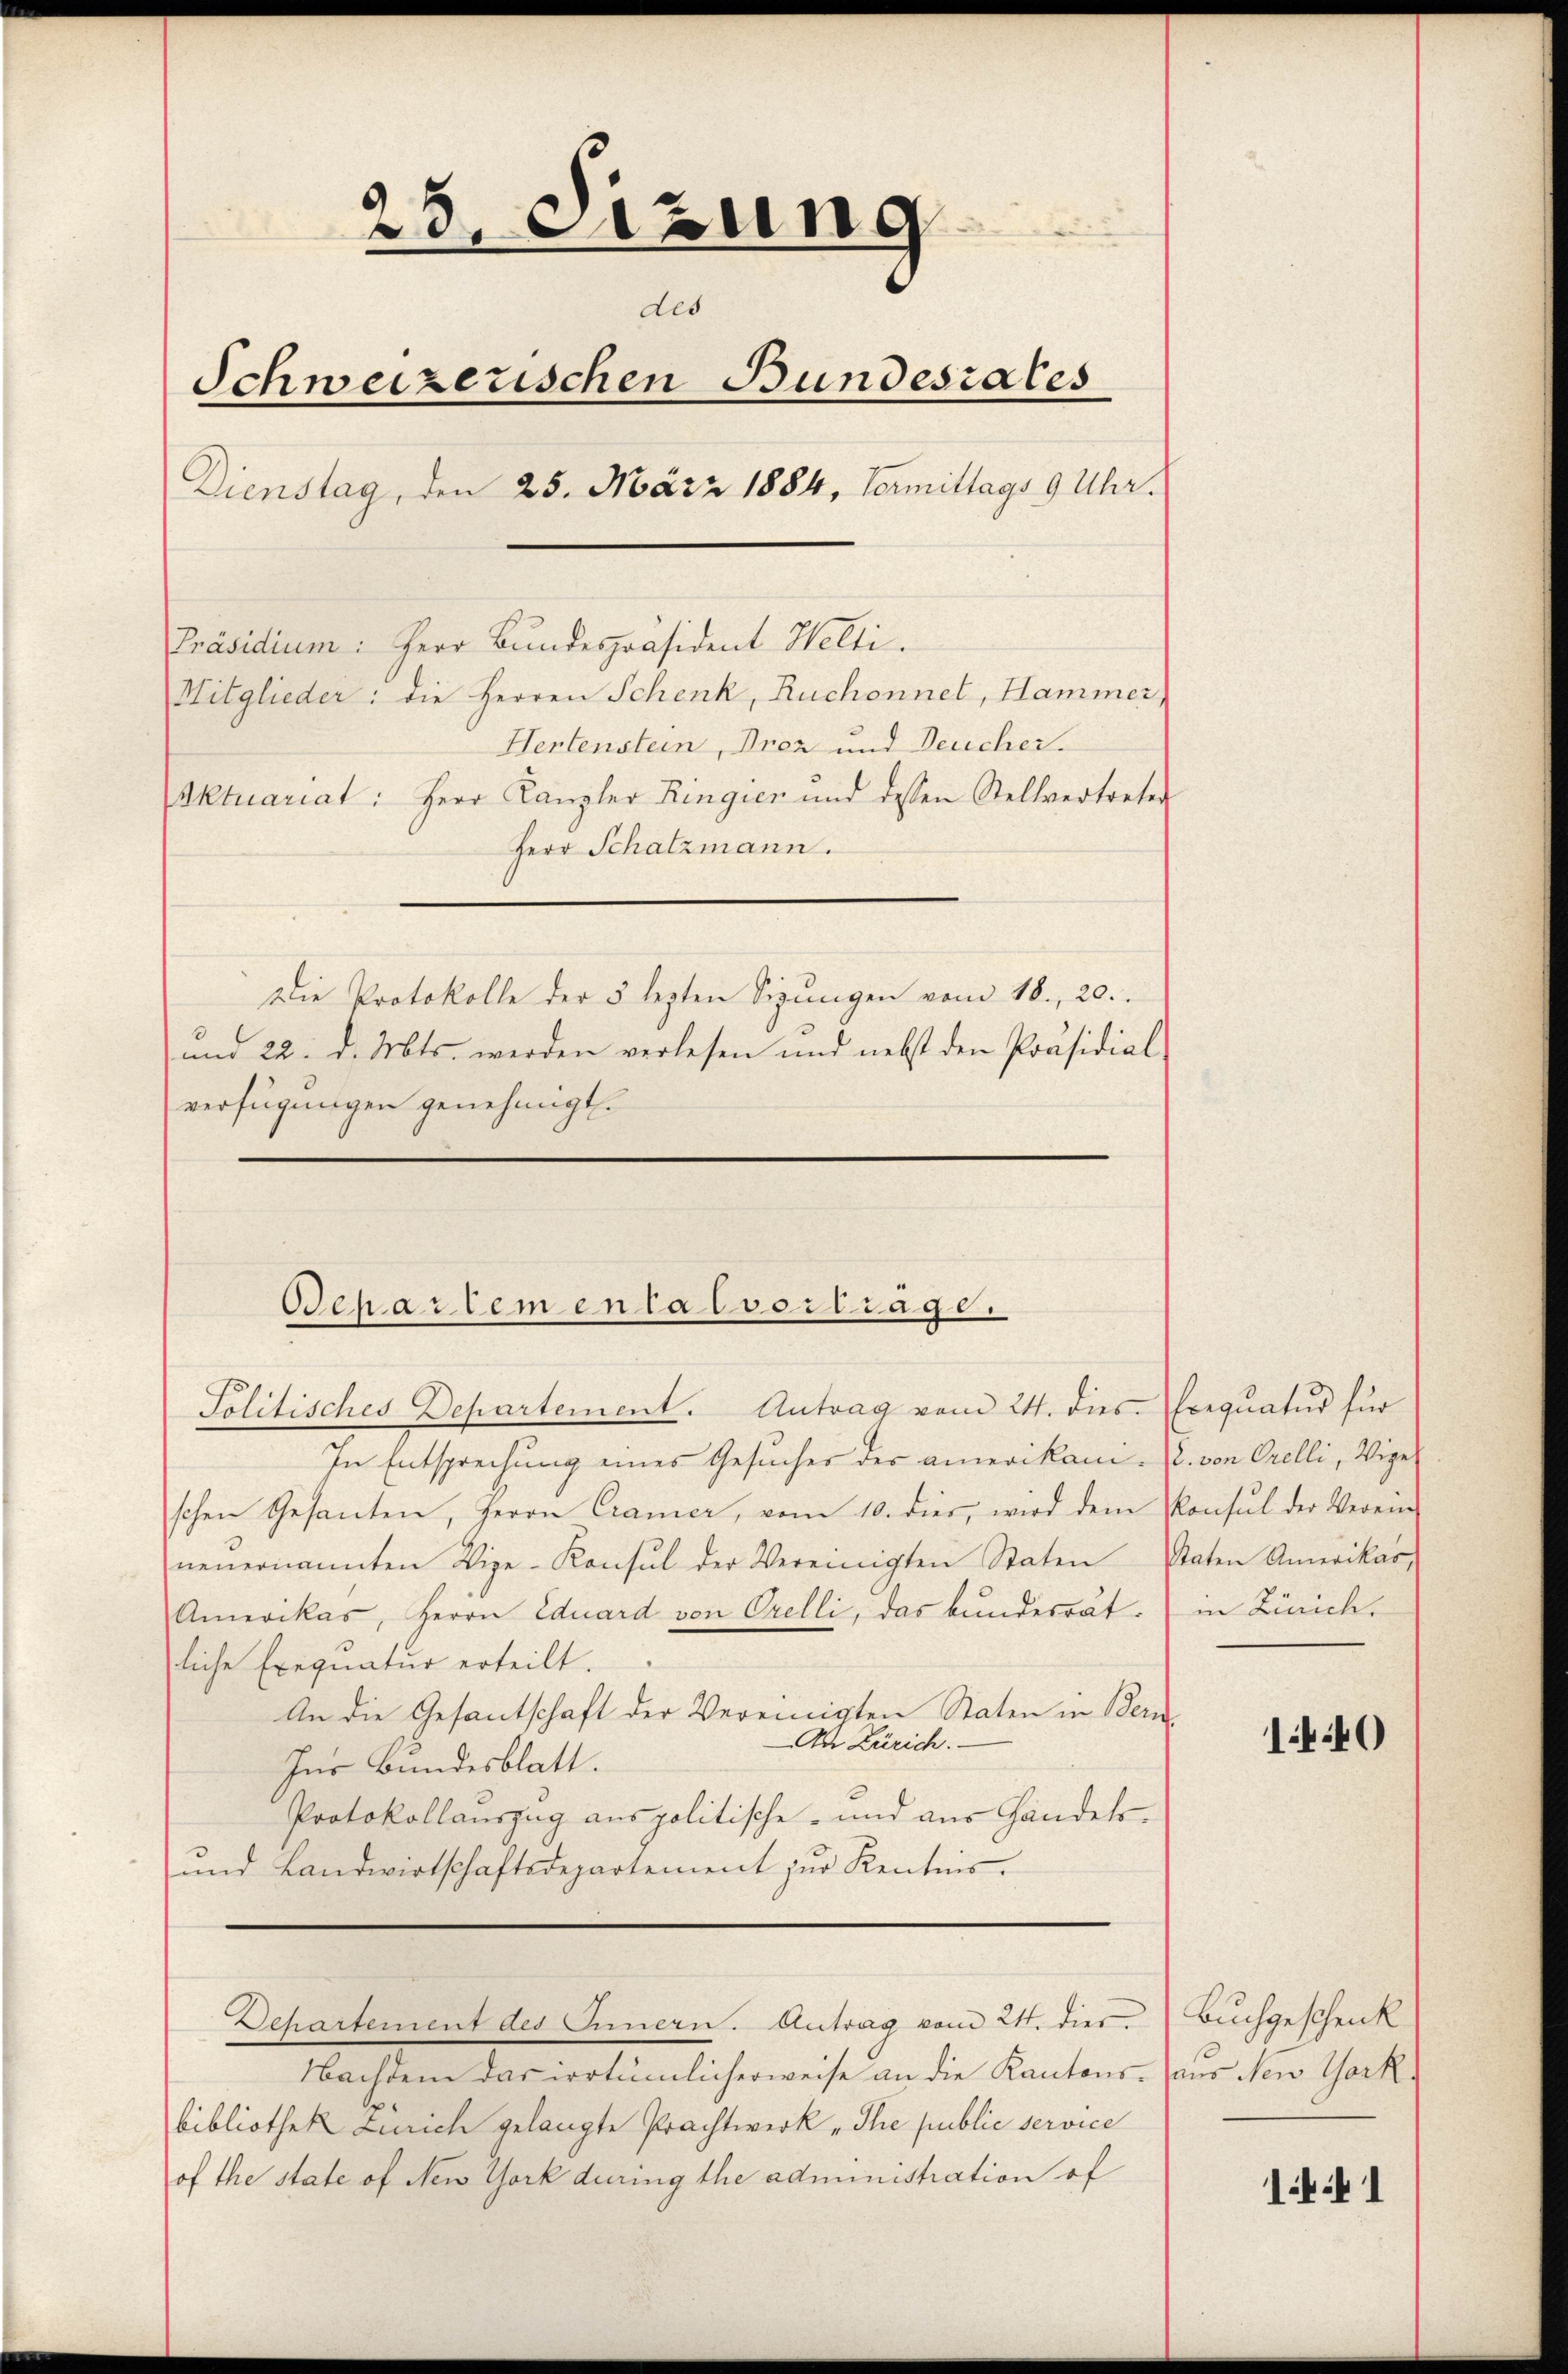
In Entsprechung eines Gesuches des amerikam. E. von Orelli, Vige
schen Gesanten, Herrn Cramer, vom 10. dies, wird dem Konsul der Verein
neŭernannten Vize-Konsul der Vereinigten Staten Staten Amerikar,
Amerikas, Herrn Eduard von Orelli, das bundesrät-
liche Exequatur erteilt.
An die Gesantschaft der Vereinigten Staten in Bern
Ad Zürich.
Ins Bundesblatt.
Protokollauszug aus politische- und aus Handels¬
und Landwirtschaftsdepartement zur Kentnis.

25, Sitzung
des
Schweizerischen Bundesrates
Dienstag, den 25. März 1884, Termittags 9 Uhr.
Präsidium: Herr Bundespräsident Welti.
Mitglieder: die Herren Schenk, Ruchonnel, Hammer
Hertenstein, Drez und Deucher.
Aktuariat: Herr Kanzler Ringien und dessen Stellvertreter
Herr Schatzmann.
Die Protokolle der 5 lezten Sizŭngen vom 18. 20.
und 22. d. Mts. werden verlesen und nebst den Präsidial-
verfügungen genehmigt.

Schartementalvertrage.
Politisches Departement. Antrag vom 24. dies Exequatur für

Departement des Innern. Antrag vom 24. dies

Nachdem das irrtümlicherweise an die Kantons. aus New York,
bibliothek Zürich gelangte Prachtwerk „The public service
of the state of New York during the administration of

in Zürich.

1440

Buchgeschenk

1441